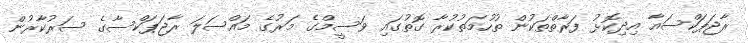
ރާޖަޕަކްސައާ އިދިކޮޅު ފަރާތްތަކުން ތުހުމަތުކުރާ ގޮތުގައި ވަސީމްގެ މަރުގެ މައްސަލަ ރާޖަޕަކްސާގެ ސަރުކާރުން